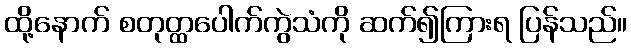
ထို့နောက် စတုတ္ထပေါက်ကွဲသံကို ဆက်၍ကြားရ ပြန်သည်။